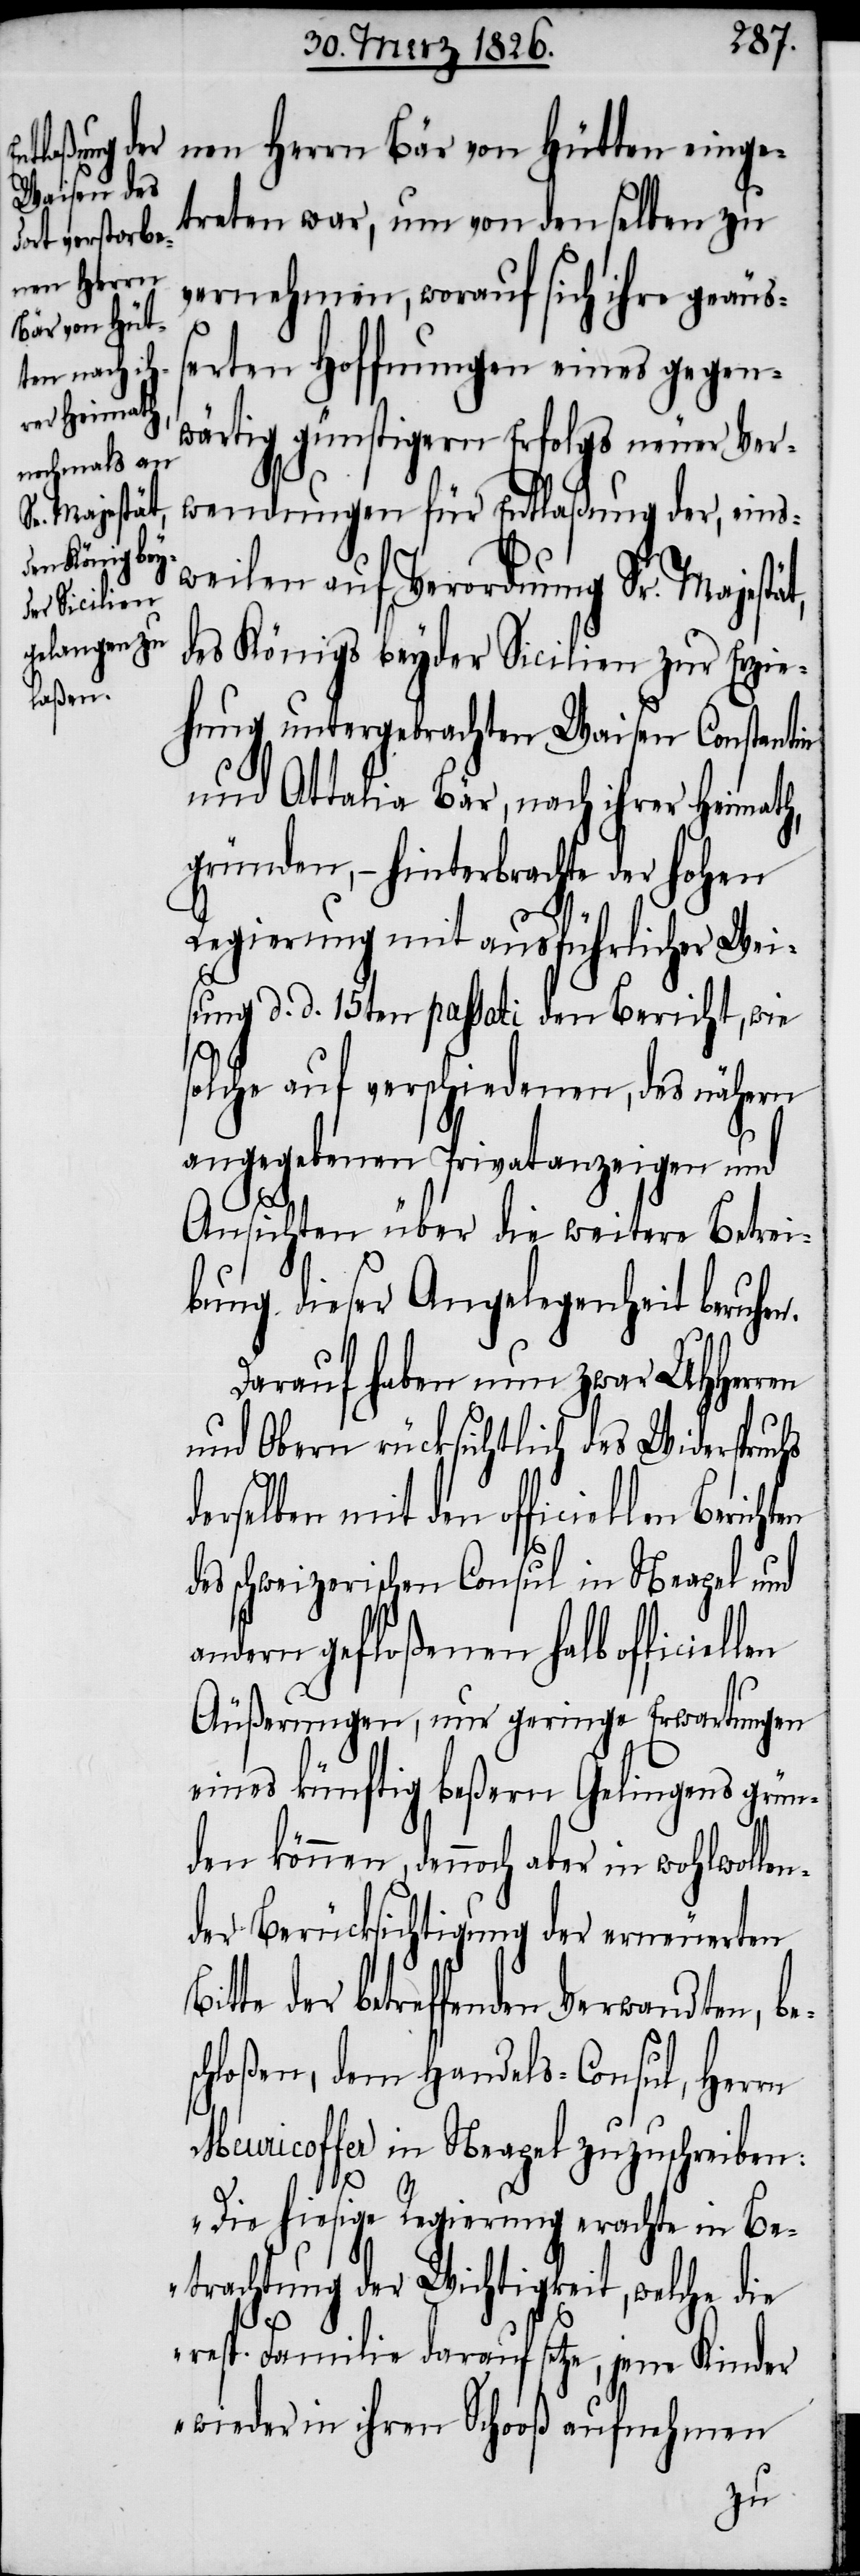
nen Herrn Bär von Hütten einge¬
treten war, um von denselben zu
vernehmen, worauf sich ihre geäuß¬
erten Hoffnungen eines gegen¬
wärtig günstigern Erfolgs neuer Ver¬
wendungen für Entlaßung der, eins¬
weilen auf Verordnung Sr. Majestä¬
des Königs beyder Sicilien zur Erzie¬
hung untergebrachten Waisen Constantin
und Attalia Bär, nach ihrer Heimath,
gründen, – hinterbrachte der hohen
Regierung mit ausführlicher Wei¬
sung d. d. 15. passati den Bericht, wie
solche auf verschiedenen, des nähern
angegebenen Privatanzeigen und
B¬
Ansichten über die weitere Betrei¬
bung dieser Angelegenheit beruhen.
Darauf haben nun zwar UHHerren
und Obern rücksichtlich des Widerspruc¬
hs
derselben mit den officiellen Bericht¬
des schweizerischen Consul in Neapel und
andern gefloßenen halb officiel¬
Äußerungen, um geringe Erwartungen
eines künftig beßern Gelingens grün¬
den können, dennoch aber in wohlwol¬
der Berücksichtigung der erneuerten
itte der betreffenden Verwandten, bes¬
chloßen, dem Handels-Consul, Herrn
Meuricoffer in Neapel zuzuschreiben:
len¬
„Die hiesige Regierung erachte in Be¬
trachtung der Wichtigkeit, welche die
resp. Familie darauf setze, jene Kinder
wieder in ihren Schooß aufnehmen